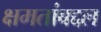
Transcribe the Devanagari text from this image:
क्षमतांबद्दल